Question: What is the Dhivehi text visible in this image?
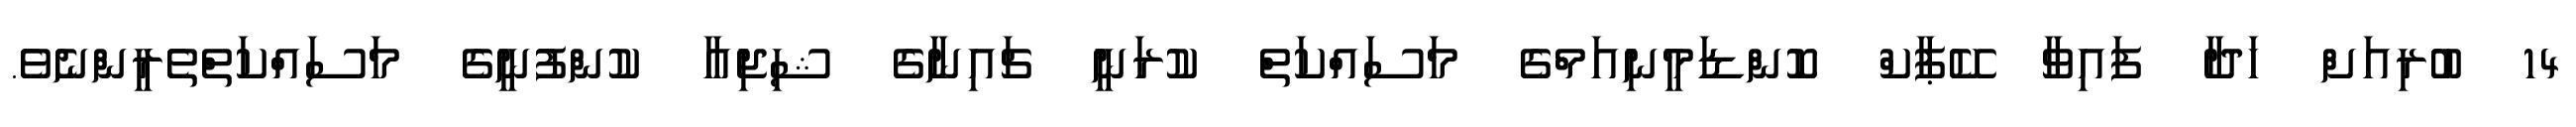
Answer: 14 ބުރިއަށް ހަދާ ފައިވާ ކޭޕާކް ކޮންޑަމީނިއަމްގެ މަސައްކަތް ކުރަނީ ޗައިނާގެ ޝިޖިއާ ކުންފުނީގެ މަސައްކަތްތެރީންނެވެ.